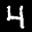
Label: 4